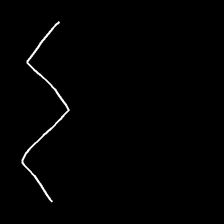
Glyph: crush